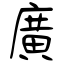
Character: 廣